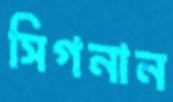
সিগনান